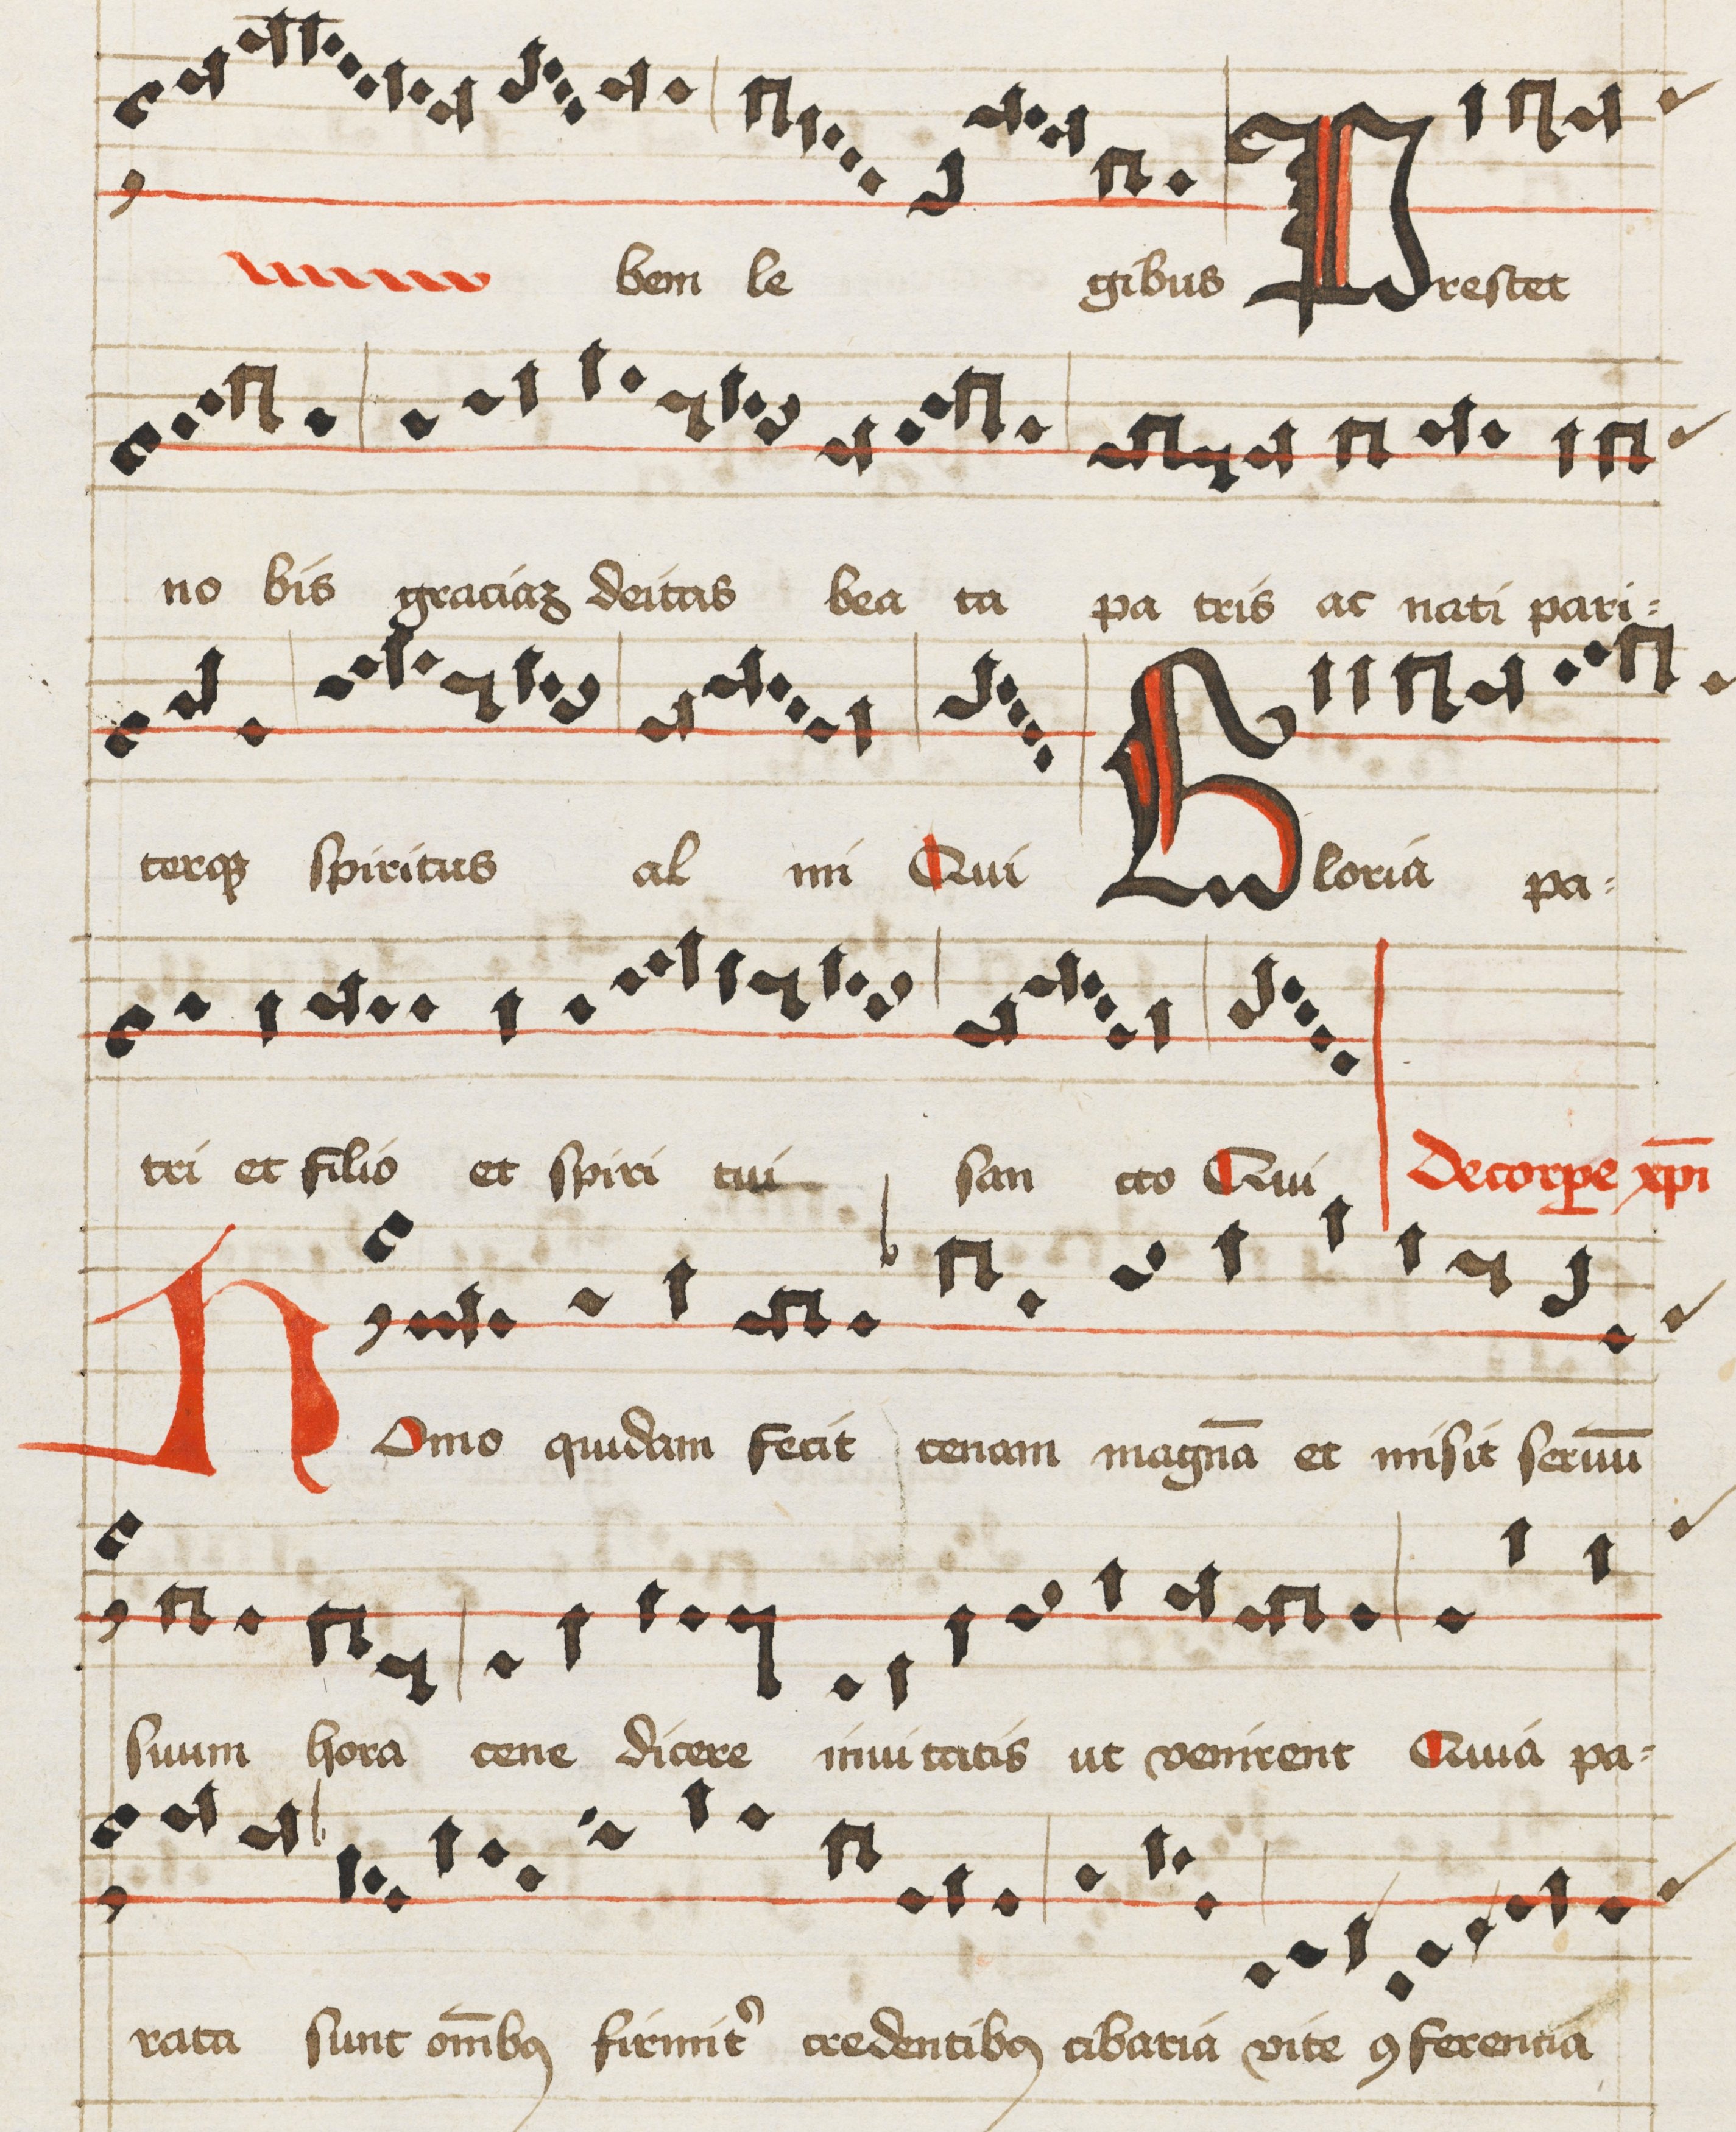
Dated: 1475–1499